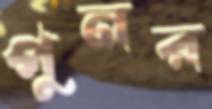
পুনর